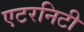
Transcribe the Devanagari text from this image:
एटरनिटी